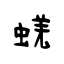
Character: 蜣